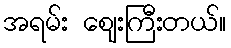
အရမ်း ဈေးကြီးတယ်။